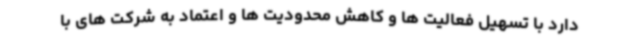
دارد با تسهیل فعالیت ها و کاهش محدودیت ها و اعتماد به شرکت های با